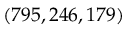
( 7 9 5 , 2 4 6 , 1 7 9 )